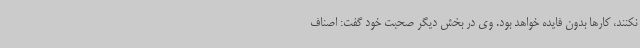
نکنند، کارها بدون فایده خواهد بود. وی در بخش دیگر صحبت خود گفت: اصناف